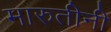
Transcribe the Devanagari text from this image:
मारुतीनी